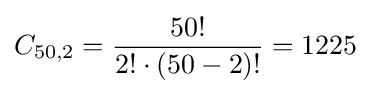
C_{50,2}={\frac {50!}{2!\cdot (50-2)!}}=1225